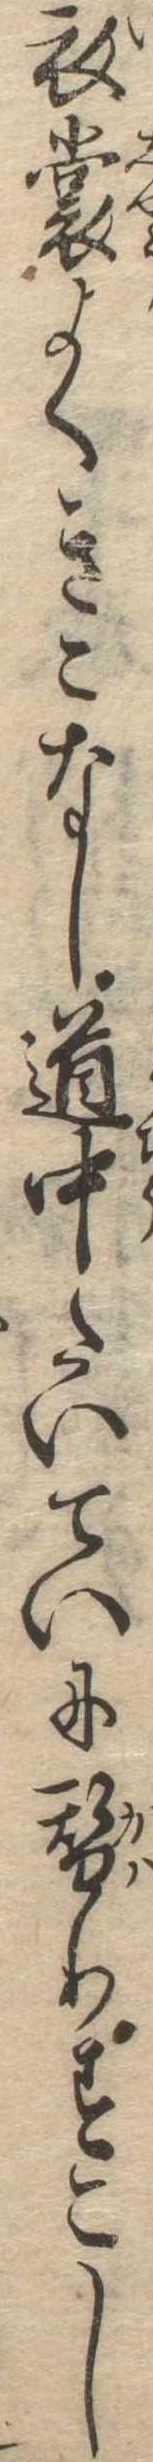
衣裳よくきこなし道中たいていに替りすこし